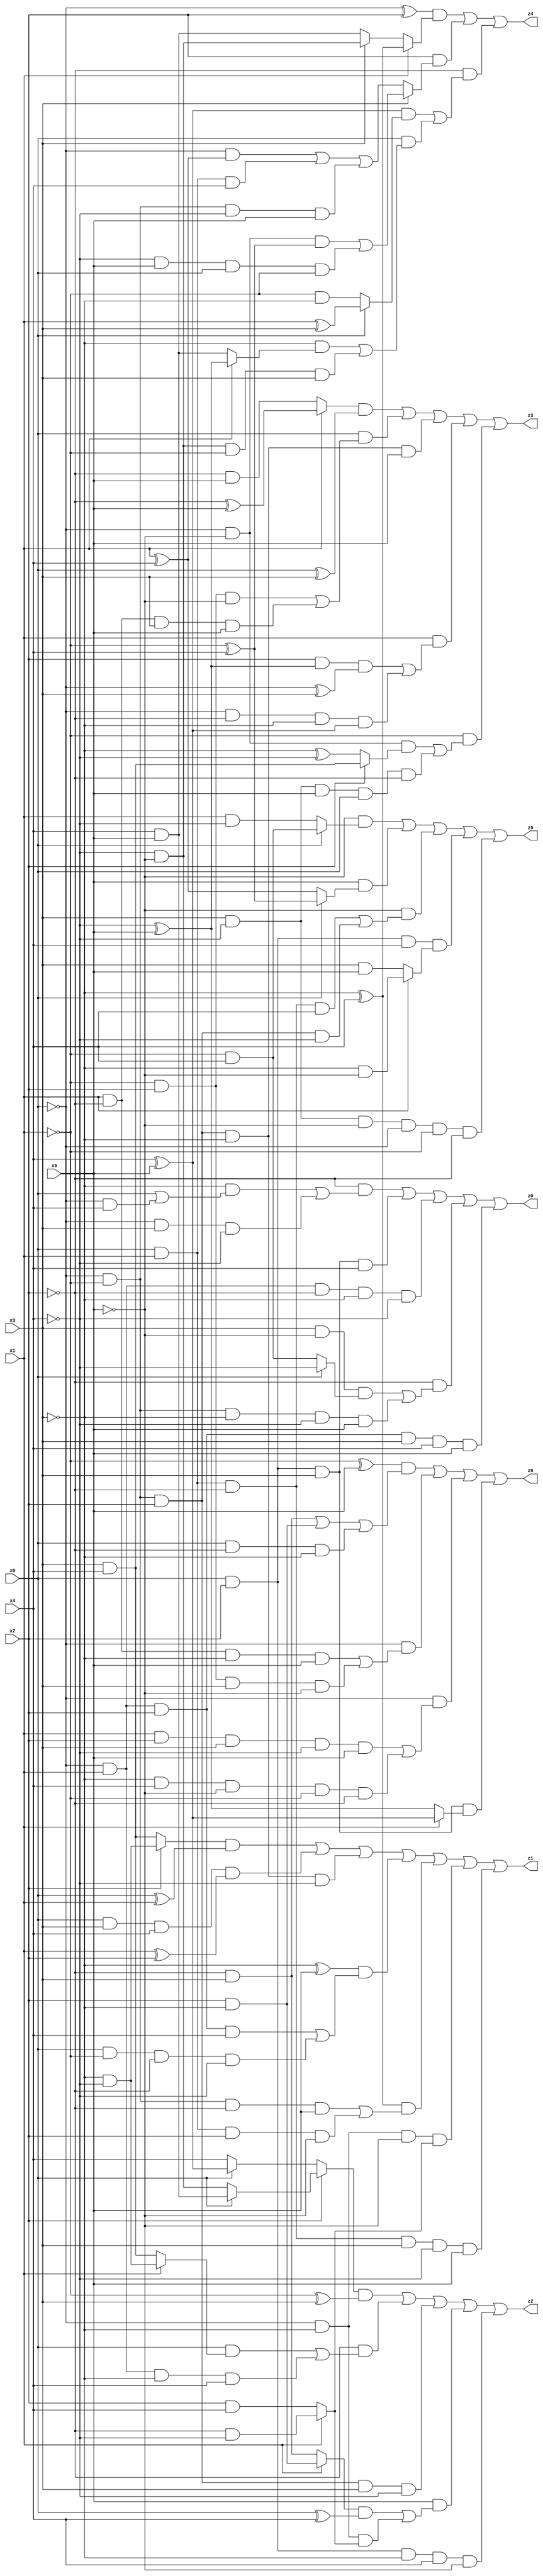
// Benchmark "X_17" written by ABC on Thu Jun 29 21:16:43 2023

module X_17 ( 
    x0, x1, x2, x3, x4, x5,
    z0, z1, z2, z3, z4, z5, z6  );
  input  x0, x1, x2, x3, x4, x5;
  output z0, z1, z2, z3, z4, z5, z6;
  assign z0 = (~x2 & ((~x3 & (x0 | (~x0 & x4))) | (~x0 & x3 & ~x4))) | (x0 & x2 & x3 & x4) | (~x0 & x1 & ~x2 & ~x3 & ~x4) | (~x2 & ((x3 & ~x5 & (x0 ? ~x4 : (~x1 & x4))) | (~x0 & ~x1 & ~x3 & ~x4 & x5))) | (~x0 & x1 & x2 & x3 & x4 & x5);
  assign z1 = ((x2 ? (~x3 & ~x4) : (x3 & x4)) & (x0 ^ x1)) | (x0 & x3 & x4 & (x1 ^ x2)) | (~x0 & ~x1 & x2 & ~x3 & ~x4) | ((~x3 ^ x5) & ((~x0 & x1 & x2 & x4) | (x0 & ~x1 & ~x2 & ~x4))) | ((~x3 ^ x4) & ((~x0 & ~x1 & ~x2 & x5) | (x0 & x1 & x2 & ~x5))) | (~x0 & ~x3 & ~x5 & (x1 ? (~x2 & ~x4) : (x2 & x4))) | (x0 & x1 & ~x2 & x3 & ~x4 & x5);
  assign z2 = ((x2 ? (x0 ? (x4 & x5) : (~x4 & ~x5)) : (x0 ? (x4 ^ x5) : x4)) & (~x1 ^ x3)) | (~x2 & ((x0 & (x1 ? (~x3 & ~x4) : (x3 & x4))) | (~x0 & x1 & ~x3 & x4))) | (~x0 & ~x1 & x2 & x3 & ~x4) | (x5 & (((x1 ? (x2 & ~x3) : (~x2 & x3)) & (x0 ^ x4)) | (~x0 & ~x3 & (x1 ? (~x2 & ~x4) : (x2 & x4))))) | (x0 & x2 & ~x3 & x4 & ~x5);
  assign z3 = ((x1 ? (~x2 ^ x5) : (~x2 & x5)) & (x0 ^ x3)) | (x0 & ((~x1 & x2 & ~x5) | (x1 & ~x2 & x3 & x5))) | (~x0 & ~x1 & x2 & ~x3 & x5) | (x1 & ((x2 & (~x4 ^ x5) & (~x0 ^ x3)) | (~x0 & ~x2 & ~x3 & (x4 ^ x5)))) | (~x1 & ((~x0 & ~x5 & (x2 ? (x3 & x4) : (~x3 ^ ~x4))) | (x3 & ~x4 & x5 & x0 & ~x2)));
  assign z4 = ((~x0 ^ x2) & (x1 ? (~x3 ^ x4) : (x3 ? (~x4 & ~x5) : (x4 & x5)))) | (x2 & (x3 ? ((~x0 & ~x5 & (~x1 ^ x4)) | (~x4 & x5 & x0 & ~x1)) : ((~x0 & (x1 ^ x4)) | (x0 & x1 & x4) | (~x0 & ~x1 & ~x4 & x5)))) | (~x2 & (((x4 ^ x5) & (x0 ? (x1 ^ x3) : (~x1 & ~x3))) | (x0 & ((~x3 & (x1 ? (~x4 ^ x5) : (x4 & x5))) | (~x4 & ~x5 & ~x1 & x3)))));
  assign z5 = (~x5 & (x0 ? (~x1 & x4) : (x1 & ~x4))) | (x5 & (x0 ? (~x1 ^ x4) : (x1 ^ x4))) | (~x5 & ((x0 & x1 & ~x2 & x4) | (~x0 & ~x1 & x2 & ~x4))) | (x0 & x2 & x4 & (x1 ? (~x3 & ~x5) : (x3 & x5))) | (x3 & ~x4 & ~x5 & ~x0 & ~x1 & ~x2);
  assign z6 = ((~x1 ^ x5) & ((~x2 & x3) | (x2 & ~x3) | (x0 & ~x2 & ~x3))) | (~x0 & ((x1 & ~x2 & ~x3 & x5) | (~x1 & x2 & x3 & ~x5))) | (~x0 & ((x1 & x2 & x3 & ~x4 & x5) | (~x3 & x4 & ~x5 & ~x1 & ~x2))) | (x0 & x2 & x3 & (x1 ? (x4 ^ x5) : (~x4 ^ x5)));
endmodule